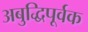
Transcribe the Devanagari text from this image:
अबुद्धिपूर्वक